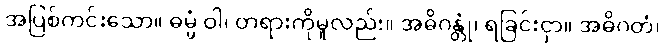
အပြစ်ကင်းသော။ ဓမ္မံ ဝါ၊ တရားကိုမူလည်း။ အဓိဂန္တုံ၊ ရခြင်းငှာ။ အဓိဂတံ၊